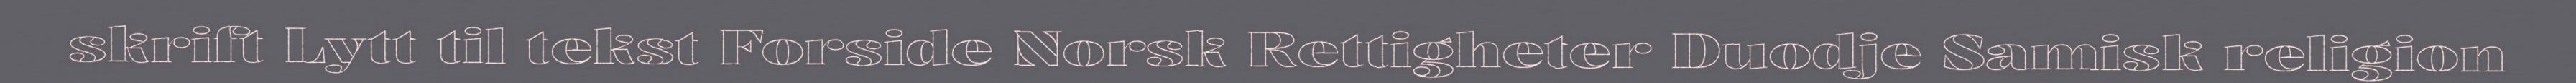
skrift Lytt til tekst Forside Norsk Rettigheter Duodje Samisk religion